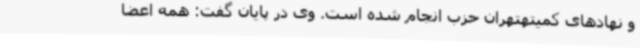
و نهادهای کمیتهتهران حزب انجام شده است. وی در پایان گفت: همه اعضا